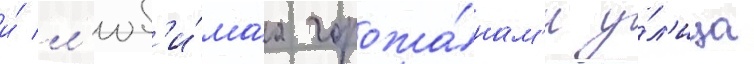
и́ л'юб'и́маа горожа́нам'и у́л'ица